Manual of vaccination for the United Provinces of Agra and Oudh -
Year: 1903
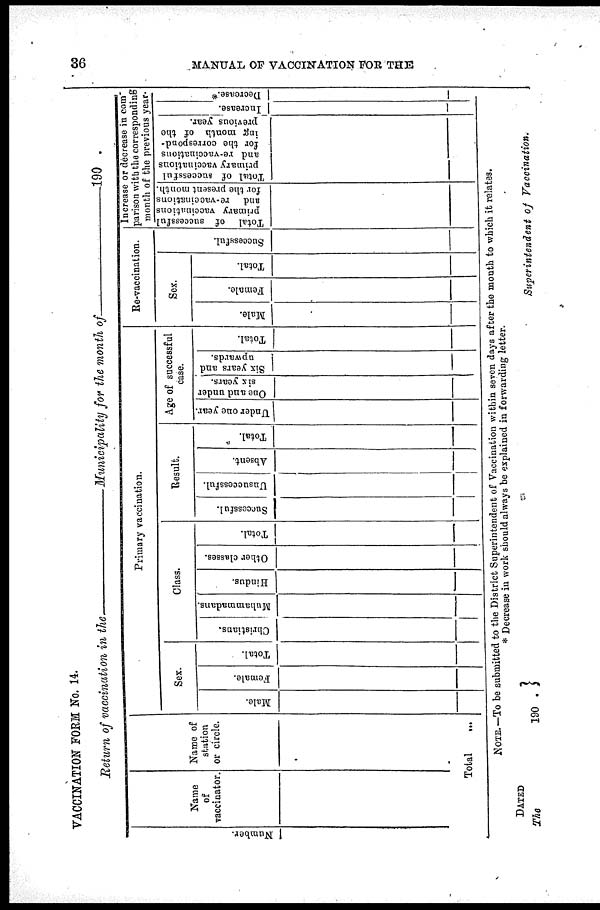
36
MANUAL OF VACCINATION FOR THE
VACCINATION FORM No. 14.
Return of vaccination in the—Municipality for the month
of—190
Number.
Name
of
vaccinator.
Name of
station
or circle.
Total ...
Primary vaccination.
Sex.
Male.
Female.
Total.
Class.
Christians.
_
Muhammadans.
Hindus.
Other classes.
Total.
Result.
Successful.
Unsuccessful.
Absent.
Total.
Age of successful
case.
Under one year.
One and under
six years.
Six years and
upwards.
Total.
Re-vaccination.
Sex.
Male.
Female.
Total.
Successful.
Increase or decrease in com¬
parison with the corresponding
month of the previous year.
Total of successful
primary vaccinations
and re-vaccinations
for the present month.
Total of successful
primary vaccinations
and re-vaccinations
for the correspond-
ing month of the
previous year.
Increase.
Decrease.*
NOTE.— To be submitted to the District Superintendent of Vaccination within seven days after the month to which it relates.
* Decrease in work should always be explained in forwarding letter.
DATED
The
190 .
Superintendent
of
Vaccination.